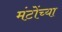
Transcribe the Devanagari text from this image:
मंटोंच्या